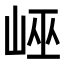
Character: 𡷯